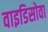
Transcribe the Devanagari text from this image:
वाइडिसोवा